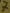
Text: 7